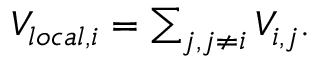
\begin{array} { r } { V _ { l o c a l , i } = \sum _ { j , j \neq i } V _ { i , j } . } \end{array}